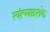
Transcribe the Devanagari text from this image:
त्यांच्याइतके